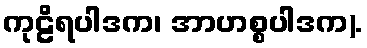
ကုဠိရပါဒက၊ အာဟစ္စပါဒက).